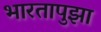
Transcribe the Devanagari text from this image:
भारतापुझा